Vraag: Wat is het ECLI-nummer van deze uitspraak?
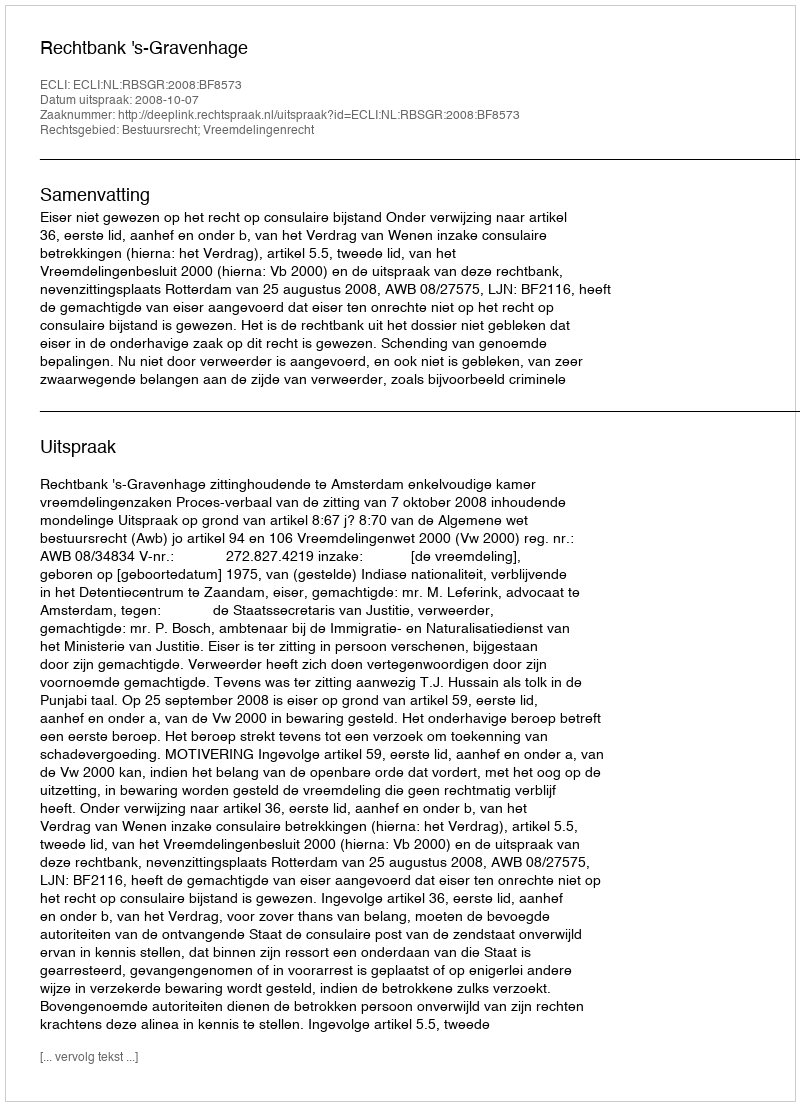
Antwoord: ECLI:NL:RBSGR:2008:BF8573